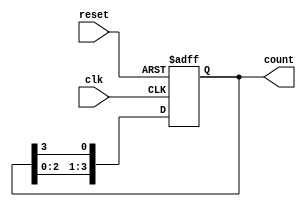
module ring_counter (
    input wire clk,          // Clock input
    input wire reset,        // Reset input
    output reg [3:0] count   // 4-bit output to represent the state of the ring counter
);

    // Initial state for the ring counter
    initial begin
        count = 4'b1000; // Initialize to 1000
    end

    // Always block triggered on the rising edge of the clock or the reset signal
    always @(posedge clk or posedge reset) begin
        if (reset) begin
            count <= 4'b1000; // Reset to initial state
        end else begin
            // Shift the '1' to the next flip-flop in the ring
            count <= {count[2:0], count[3]};
        end
    end

endmodule